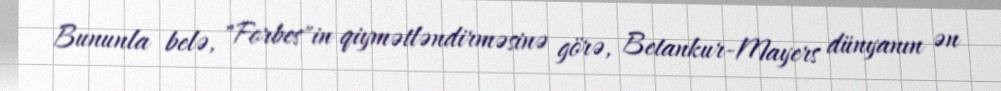
Bununla belə, "Forbes"in qiymətləndirməsinə görə, Betankur-Mayers dünyanın ən